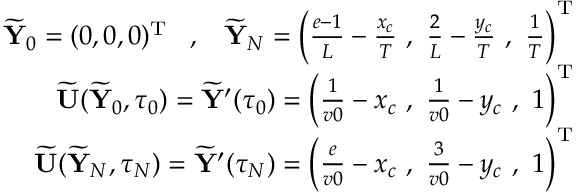
\begin{array} { r } { \widetilde { { \mathbf Y } } _ { 0 } = ( 0 , 0 , 0 ) ^ { { \mathrm T } } \; \; \; , \; \; \; \widetilde { { \mathbf Y } } _ { N } = \left( \frac { e - 1 } { L } - \frac { x _ { c } } { T } \, \, , \, \, \frac { 2 } { L } - \frac { y _ { c } } { T } \, \, , \, \, \frac { 1 } { T } \right) ^ { { \mathrm T } } } \\ { \widetilde { { \mathbf U } } ( \widetilde { { \mathbf Y } } _ { 0 } , \tau _ { 0 } ) = \widetilde { { \mathbf Y } } ^ { \prime } ( \tau _ { 0 } ) = \left( \frac { 1 } { v 0 } - x _ { c } \, \, , \, \, \frac { 1 } { v 0 } - y _ { c } \, \, , \, \, 1 \right) ^ { { \mathrm T } } } \\ { \widetilde { { \mathbf U } } ( \widetilde { { \mathbf Y } } _ { N } , \tau _ { N } ) = \widetilde { { \mathbf Y } } ^ { \prime } ( \tau _ { N } ) = \left( \frac { e } { v 0 } - x _ { c } \, \, , \, \, \frac { 3 } { v 0 } - y _ { c } \, \, , \, \, 1 \right) ^ { { \mathrm T } } } \end{array}